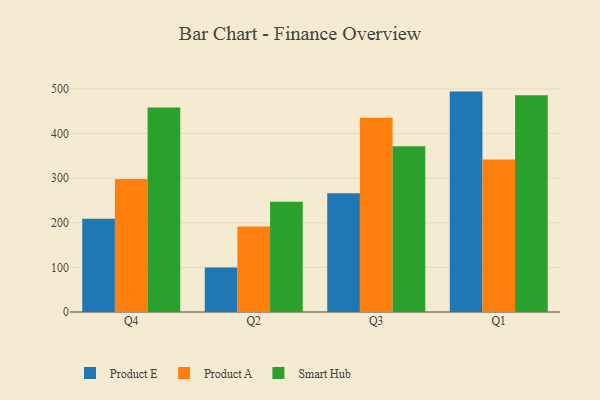
{"axis": {"x": "Quarter", "y": "Shipments"}, "legend": ["Product A", "Product E", "Smart Hub"], "data": [{"x": "Q4", "y": 209.1, "type": "Product E"}, {"x": "Q4", "y": 298.0, "type": "Product A"}, {"x": "Q4", "y": 458.4, "type": "Smart Hub"}, {"x": "Q2", "y": 99.5, "type": "Product E"}, {"x": "Q2", "y": 191.7, "type": "Product A"}, {"x": "Q2", "y": 246.9, "type": "Smart Hub"}, {"x": "Q3", "y": 266.1, "type": "Product E"}, {"x": "Q3", "y": 435.1, "type": "Product A"}, {"x": "Q3", "y": 371.2, "type": "Smart Hub"}, {"x": "Q1", "y": 493.8, "type": "Product E"}, {"x": "Q1", "y": 341.9, "type": "Product A"}, {"x": "Q1", "y": 485.4, "type": "Smart Hub"}]}